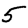
Digit: 5